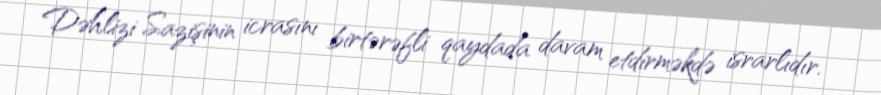
Dəhlizi Sazişinin icrasını birtərəfli qaydada davam etdirməkdə israrlıdır.